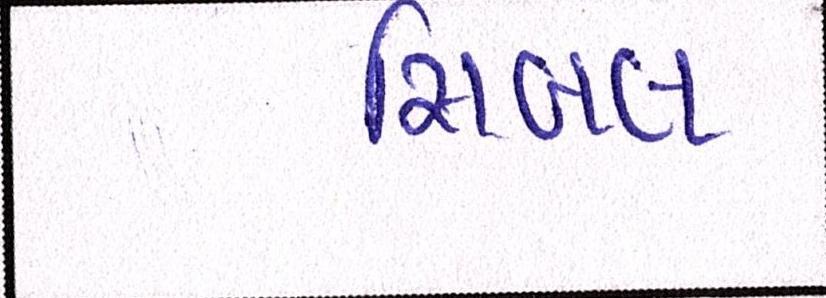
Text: સિબલ